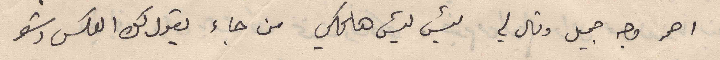
احمر وجه جميل وقال لي ليش هالحكي من جاء يقول لك العكس وشو